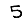
Digit: 5